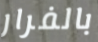
بالفرار